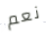
نعم